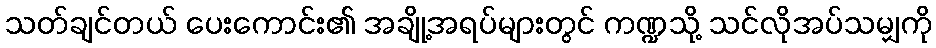
သတ်ချင်တယ် ပေးကောင်း၏ အချို့အရပ်များတွင် ကဏ္ဍသို့ သင်လိုအပ်သမျှကို